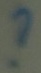
Text: ?